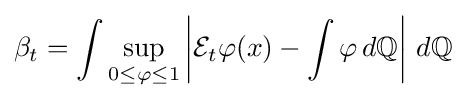
\beta _{t}=\int \sup _{0\leq \varphi \leq 1}\left|{\mathcal {E}}_{t}\varphi (x)-\int \varphi \,d\mathbb {Q} \right|\,d\mathbb {Q}